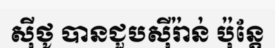
ស៊ីថូ បានជួបស៊ីរ៉ាន់ ប៉ុន្តែ